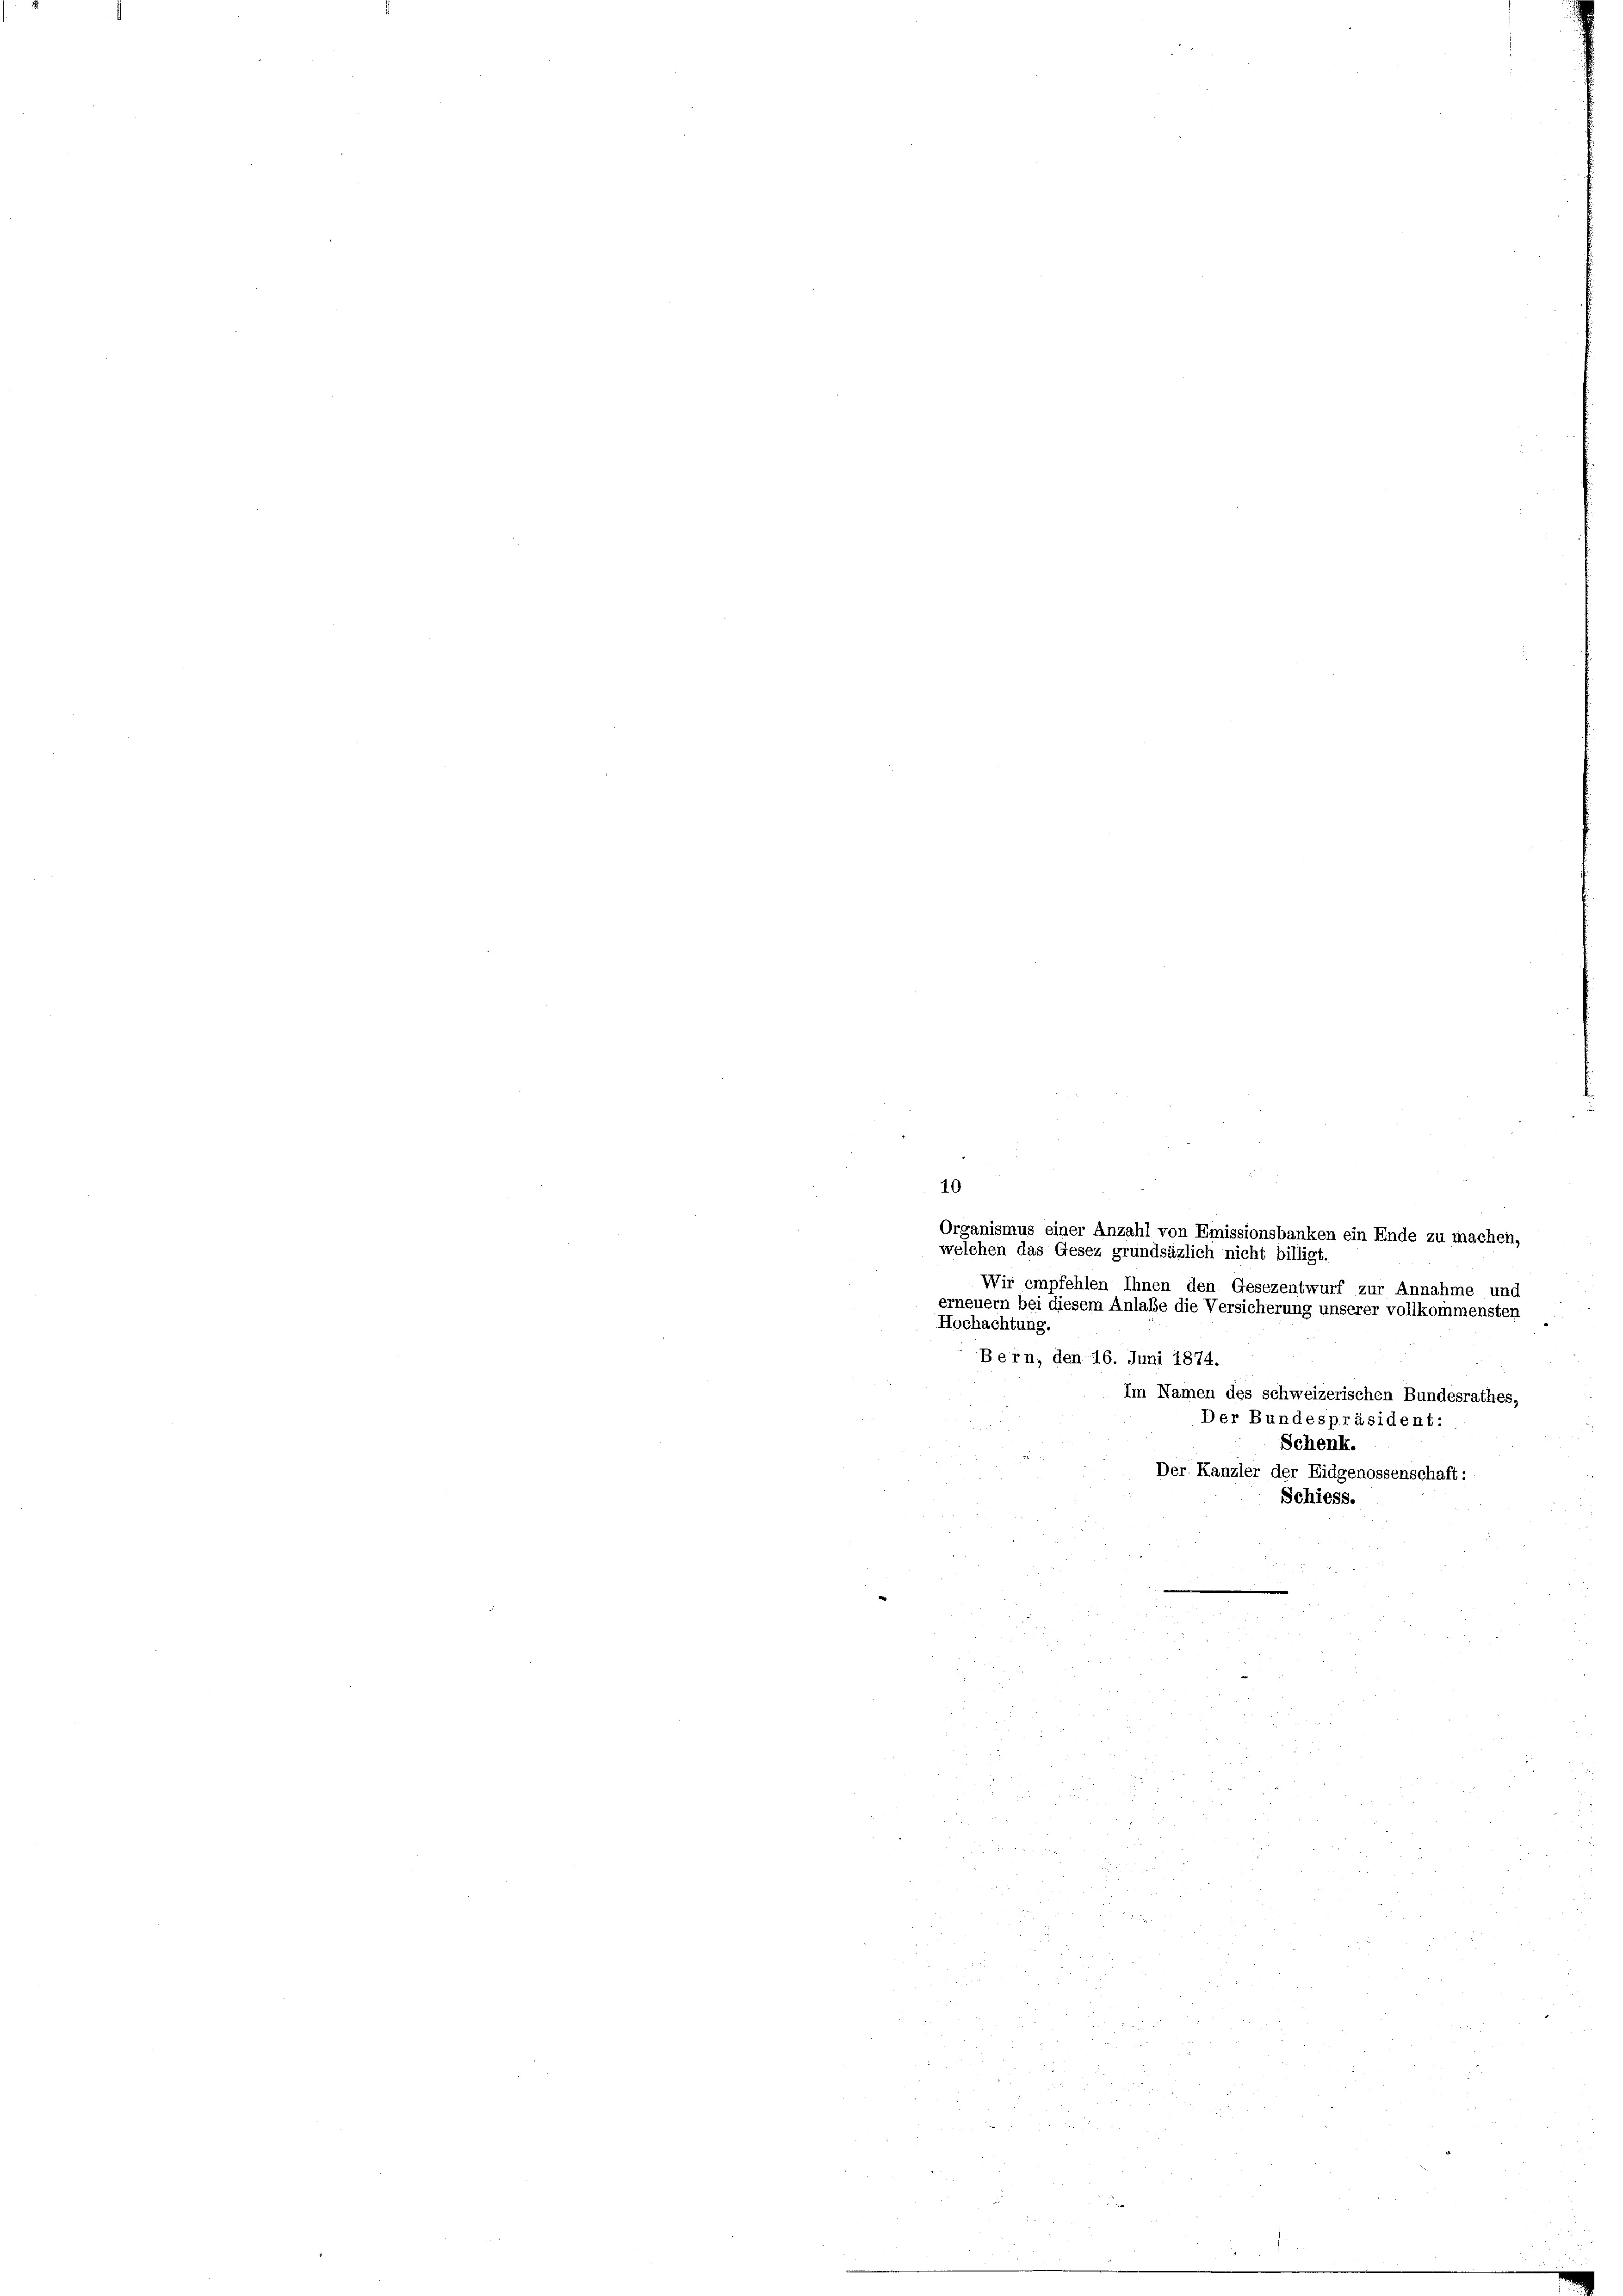
2
10
¬
Organismus einer Anzahl von Emissionsbanken ein Ende zu machen,
welchen das Gesez grundsäzlich nicht billigt.
Wir empfehlen Ihnen den Gesezentwurf zur Annahme un
erneuern bei diesem Anlaße die Versicherung unserer vollkommensten
Hochachtung.
Bern, den 16. Juni 1874.
Im Namen des schweizerischen Bundesrathes,
Der Bundespräsident:
Schenk.
Der Kanzler der Eidgenossenschaft:
Schiess.